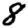
Digit: 8